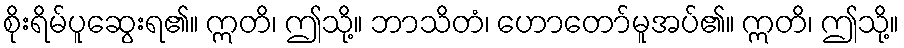
စိုးရိမ်ပူဆွေးရ၏။ ဣတိ၊ ဤသို့။ ဘာသိတံ၊ ဟောတော်မူအပ်၏။ ဣတိ၊ ဤသို့။